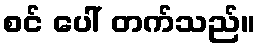
စင် ပေါ် တက်သည်။